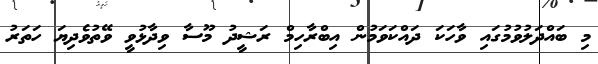
މި ބައްދަލުވުމުގައި ވާހަކަ ދައްކަވަމުން އިބްރާހިމް ރަޝީދު މޫސާ ވިދާޅުވީ ވޭތުވެދިޔަ ހަތަރު